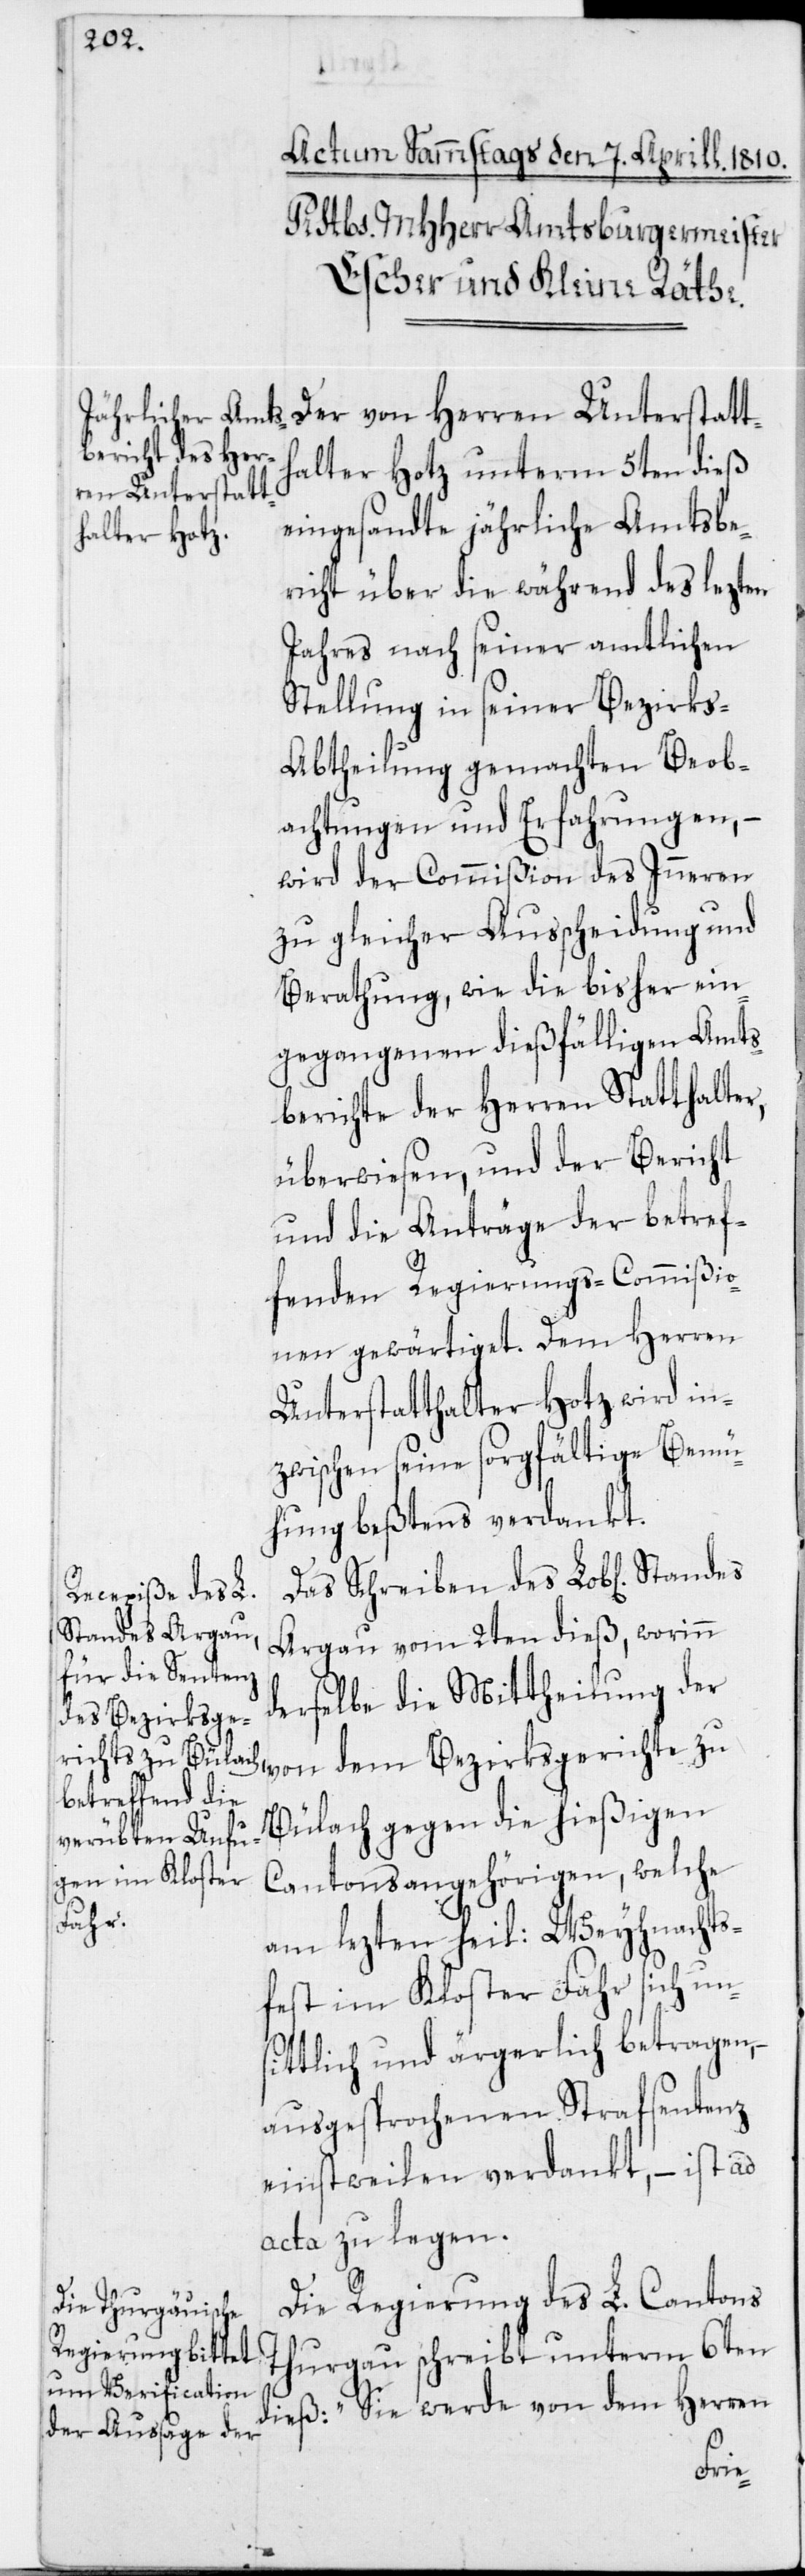
Der von Herren Unterstatth¬
alter Hotz unterm 5ten dieß
eingesandte jährliche Amtsbe¬
richt über die während des lezten
Jahres nach seiner amtlichen
Stellung in seiner Bezirks-A¬
btheilung gemachten Beob¬
achtungen und Erfahrungen, –
wird der Commißion des Inneren
zu gleicher Ausscheidung und
Berathung, wie die bisher ein¬
gegangenen dießfälligen Amts¬
berichte der Herren Statthalter,
überwiesen, und der Bericht
und die Anträge der betref¬
fenden Regierungs-Commißio¬
nen gewärtiget. Dem Herren
Unterstatthalter Hotz wird in¬
zwischen seine sorgfältige Bemü¬
hung beßtens verdankt.
Das Schreiben des Lob[lichen]
Argau vom 2ten dieß, worinn
derselbe die Mittheilung der
dem Bezirksge¬
Bülach gegen die hießigen
Cantonsangehörigen, welche
richte
am lezten heil: Weyhnachts¬
fest im Kloster Fahr sich un¬
sittlich und ärgerlich betragen, –
ausgesprochenen Strafsentenz
einstweilen verdankt, – ist ad
acta zu legen.
Die Regierung des L. Cantons
Thurgau schreibt unterm 6ten
dieß: „Sie werde von dem Herren